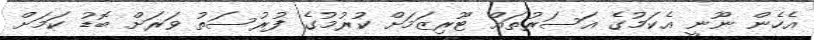
އެހެން ނޫނީ އެކަމުގެ އަސަރުތައް ޓޫރިޒަމަށް ކުރުމުގެ ފުރުސަތު ވަރަށް ބޮޑު ކަމަށް